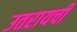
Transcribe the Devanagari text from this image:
उतरायची